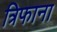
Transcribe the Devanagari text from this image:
त्रिफाना